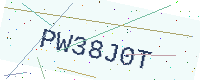
Text: PW38J0T